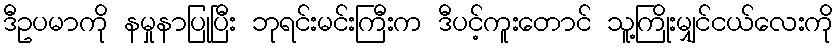
ဒီဥပမာကို နမှုနာပြုပြီး ဘုရင်းမင်းကြီးက ဒီပင့်ကူးတောင် သူ့ကြိုးမျှင်ငယ်လေးကို